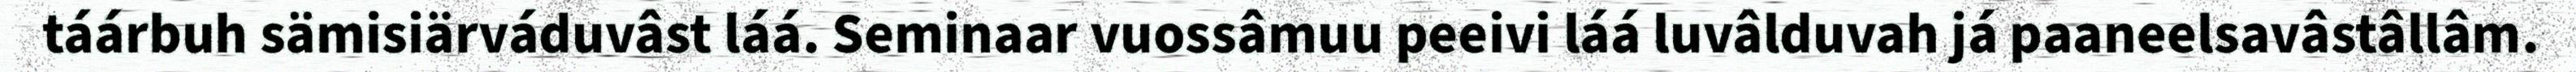
táárbuh sämisiärváduvâst láá. Seminaar vuossâmuu peeivi láá luvâlduvah já paaneelsavâstâllâm.